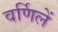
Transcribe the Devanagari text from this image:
वर्णिलें